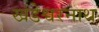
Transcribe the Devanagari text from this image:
खंडेश्वरनाथ